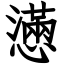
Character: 懣